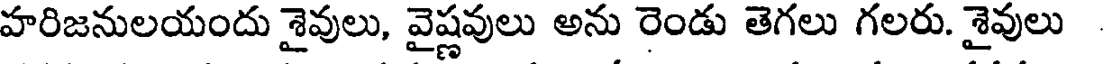
హరిజనులయందు శైవులు, వైష్ణవులు అను రెండు తెగలు గలరు. శైవులు